Annual report on the Civil Veterinary Department, Burma (including the Insein Veterinary School) - 1932-1941
Year: 1932
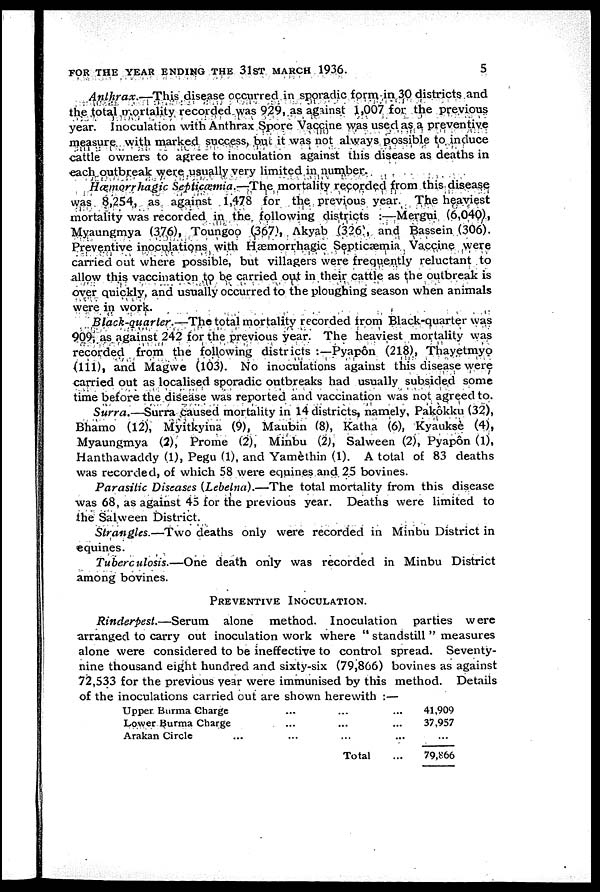
FOR THE YEAR ENDING THE 3lST MARCH 1936.
5
Anthrax.—This disease occurred in sporadic form in 30 districts and
the total mortality recorded was 929, as against 1,007 for the previous
year. Inoculation with Anthrax Spore Vaccine was used as a preventive
measure with marked success, but it was not always possible to induce
cattle owners to agree to inoculation against this disease as deaths in
each outbreak were usually very limited in number.
Hæmorrhagic Septicæmia.—The mortality recorded from this disease
was 8,254, as against 1,478 for the previous year The heaviest
mortality was recorded in the following districts :—Mergui (6,040),
Myaungmya (376), Toungoo (367), Akyab (326, and Bassein (306).
Preventive inoculations with Hæmorrhagic Septicæmia Vaccine were
carried out where possible, but villagers were frequently reluctant to
allow this vaccination to be carried out in their cattle as the outbreak is
over quickly, and usually occurred to the ploughing season when animals
were in work.
Black-quarter.—The total mortality recorded from Black-quarter was
909, as against 242 for the previous year. The heaviest mortality was
recorded from the following districts :—Pyapôn (218), Thayetmyo
(111), and Magwe (103). No inoculations against this disease were
carried out as localised sporadic outbreaks had usually subsided some
time before the disease was reported and vaccination was not agreed to.
Surra.—Surra caused mortality in 14 districts, namely, Pakôkku (32),
Bhamo (12), Myitkyina (9), Maubin (8), Katha (6), Kyauksè (4),
Myaungmya (2), Prome (2), Minbu (2), Salween (2), Pyapôn (1),
Hanthawaddy (1), Pegu (1), and Yamèthin (1). A total of 83 deaths
was recorded, of which 58 were equines and 25 bovines.
Parasitic Diseases (Lebetna).—The total mortality from this disease
was 68, as against 45 for the previous year. Deaths were limited to
the Salween District.
Strangles.—Two deaths only were recorded in Minbu District in
equines.
Tuberculosis.—One death only was recorded in Minbu District
among bovines.
PREVENTIVE INOCULATION.
Rinderpest.—Serum
alone method. Inoculation parties were
arranged to carry out inoculation work where " standstill " measures
alone were considered to be ineffective to control spread. Seventy-
nine thousand eight hundred and sixty-six (79,866) bovines as against
72,533 for the previous year were immunised by this method. Details
of the inoculations carried out are shown herewith :—
Upper Burma Charge
... ... ...
Lower Burma Charge........
Arakan Circle............
Total...
41,909
37,957
...
79,866